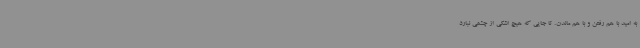
به امید با هم رفتن و با هم ماندن. تا جایی که هیچ اشکی از چشمی نبارد